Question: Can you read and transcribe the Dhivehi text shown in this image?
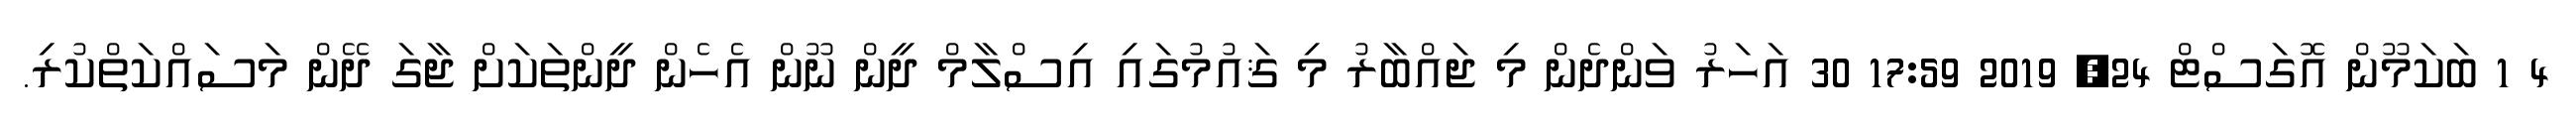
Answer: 4 1 ބަކަމޫން އޮގަސްޓް 24, 2019 17:59 30 އަހަރު ވަންދެން މި ޖައްބާރު މި ޤައުމުގައި އިސްލާމް ދީން ނޫން އެހެން ދީންތަކަށް ޖާގަ ދޭން މަސައްކަތްކުރި.